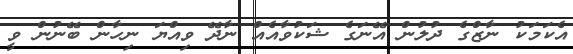
އެކަމަކު ނާޒްގެ ދުލުން އޭނަގެ ޝަކުވާއެއް ނާދޭ ވިއްޔަ ނިހާން ބޭނުން ވީ